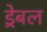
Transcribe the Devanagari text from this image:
ड्रेबल